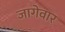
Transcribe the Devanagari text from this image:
जागेवार